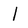
Character: l